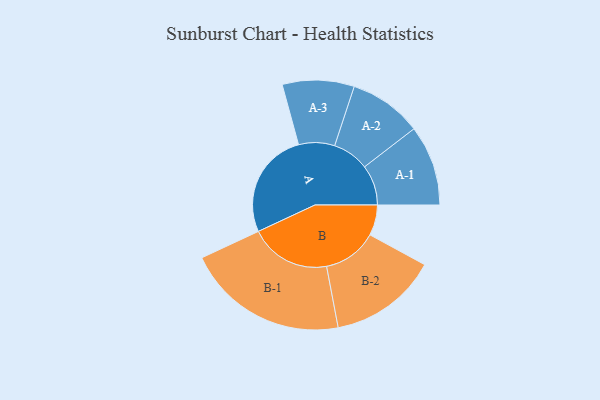
{"axis": {"x": "Segment", "y": "Value"}, "legend": ["", "A", "B"], "data": [{"x": "A", "y": 395, "type": ""}, {"x": "B", "y": 113, "type": ""}, {"x": "A-1", "y": 149, "type": "A"}, {"x": "A-2", "y": 135, "type": "A"}, {"x": "A-3", "y": 133, "type": "A"}, {"x": "B-1", "y": 300, "type": "B"}, {"x": "B-2", "y": 201, "type": "B"}]}